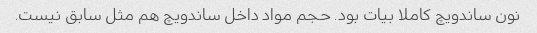
نون ساندویچ کاملا بیات بود. حجم مواد داخل ساندویچ هم مثل سابق نیست.